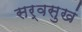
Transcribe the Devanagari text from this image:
सर्वसुखं